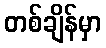
တစ်ချိန်မှာ